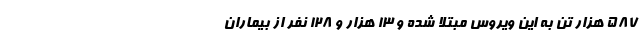
۵۸۷ هزار تن به این ویروس مبتلا شده و ۱۳ هزار و ۱۲۸ نفر از بیماران